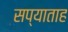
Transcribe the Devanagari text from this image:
सप्याताह